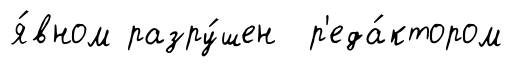
я́вном разру́шен р'еда́ктором